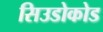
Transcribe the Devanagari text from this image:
सिउडोकोड